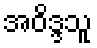
အဝိဒ္ဒသူ